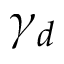
\gamma _ { d }